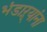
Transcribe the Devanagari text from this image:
भंडाऱ्यांना